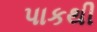
પાકથી